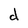
Character: d